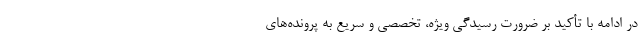
در ادامه با تأکید بر ضرورت رسیدگی ویژه، تخصصی و سریع به پرونده‌های